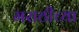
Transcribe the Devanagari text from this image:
मराठीच्‍या